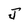
Character: J